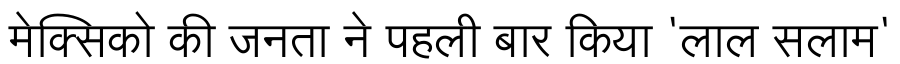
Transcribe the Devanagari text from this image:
मेक्सिको की जनता ने पहली बार किया 'लाल सलाम'